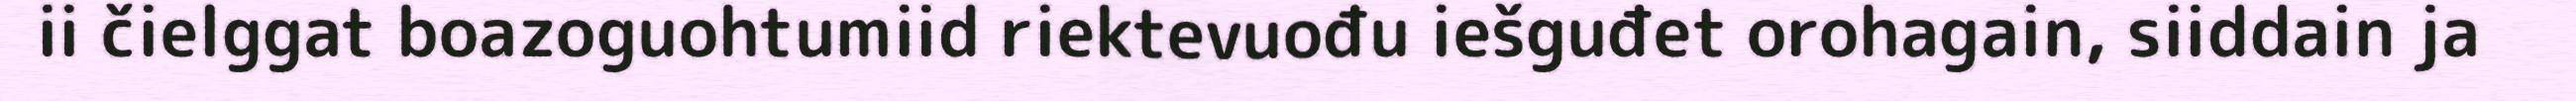
ii čielggat boazoguohtumiid riektevuođu iešguđet orohagain, siiddain ja